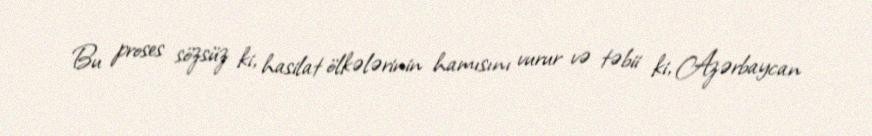
Bu proses sözsüz ki, hasilat ölkələrinin hamısını vurur və təbii ki, Azərbaycan